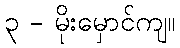
၃ - မိုးမှောင်ကျ။